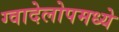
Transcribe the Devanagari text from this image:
ग्वादेलोपमध्ये